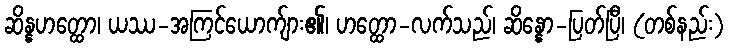
ဆိန္နဟတ္ထော၊ ယဿ-အကြင်ယောက်ျား၏၊ ဟတ္ထော-လက်သည်၊ ဆိန္နော-ပြတ်ပြီ၊ (တစ်နည်း)